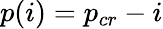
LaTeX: p(i)=p_{cr}-i